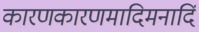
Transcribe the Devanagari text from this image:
कारणकारणमादिमनादिं